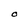
Character: O